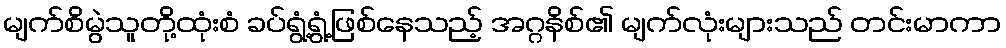
မျက်စိမွဲသူတို့ထုံးစံ ခပ်ရွံ့ရွံ့ဖြစ်နေသည့် အဂ္ဂနိစ်၏ မျက်လုံးများသည် တင်းမာကာ